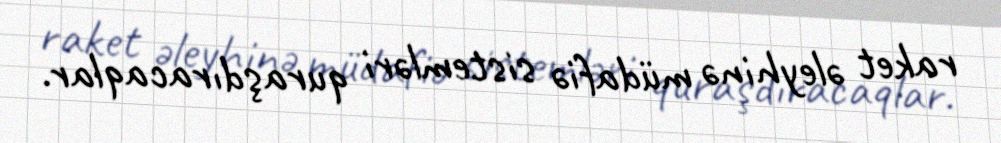
raket əleyhinə müdafiə sistemləri quraşdıracaqlar.